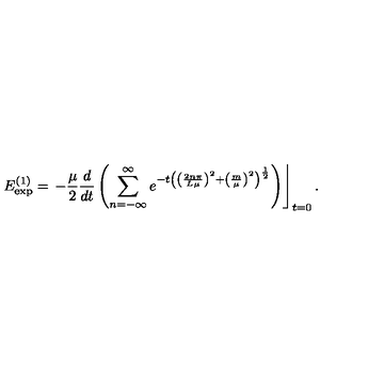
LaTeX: E _ { \exp } ^ { \left( 1 \right) } = \left. - \frac \mu 2 \frac d { d t } \left( \sum _ { n = - \infty } ^ { \infty } e ^ { - t \left( \left( \frac { 2 n \pi } { L \mu } \right) ^ { 2 } + \left( \frac m \mu \right) ^ { 2 } \right) ^ { \frac 1 2 } } \right) \right\rfloor _ { t = 0 } .